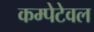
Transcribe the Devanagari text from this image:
कम्पेटेवल